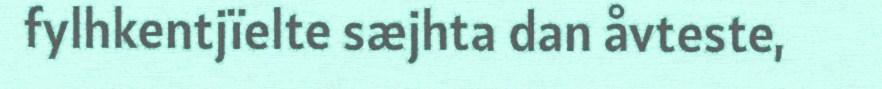
fylhkentjïelte sæjhta dan åvteste,